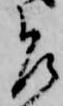
乍